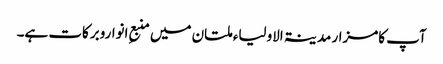
آپ کامزار مدینۃ الاولیاء ملتان میں منبعِ انواروبرکات ہے۔